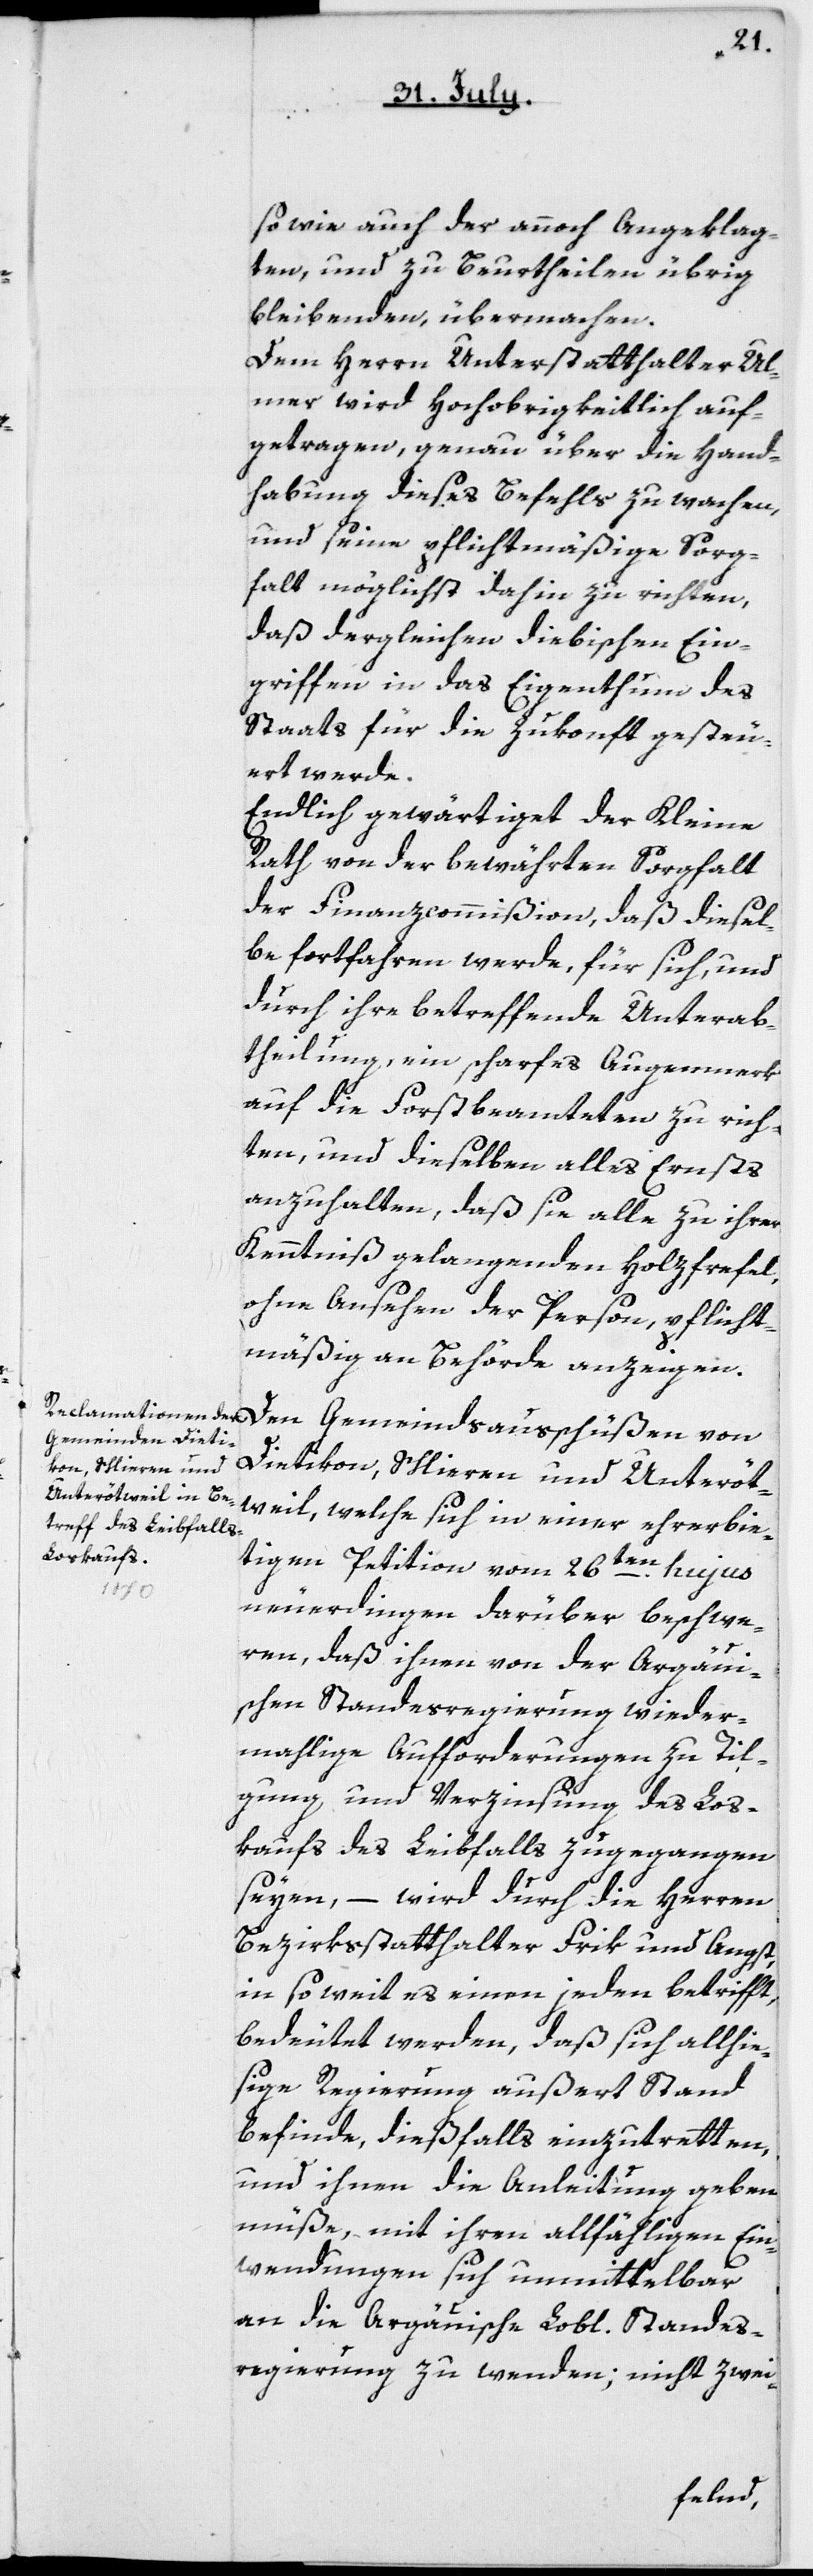
sowie auch der annoch Angeklag¬
ten, und zu beurtheilen übrig
Bleibenden, übermachen.
Dem Herrn Unterstatthalter Ul¬
mer wird hochobrigkeitlich auf¬
getragen, genau über die Hand¬
habung dieses Befehls zu wachen,
und seine pflichtmäßige Sorg¬
falt möglichst dahin zu richten,
daß dergleichen diebischen Ein¬
griffen in das Eigenthum des
Staats für die Zukunft gesteu¬
ert werde.
Endlich gewärtiget der Kleine
Rath von der bewährten Sorgfalt
der Finanzcommißion, daß diesel¬
be fortfahren werde, für sich und
durch ihre betreffende Unterab¬
teilung ein scharfes Augenmerk
auf die Forstbeamteten zu rich¬
ten, und dieselben alles Ernsts
anzuhalten, daß sie alle zu ihrer
Kenntniß gelangenden Holzfrevel,
ohne Ansehen der Person, pflicht¬
mäßig an Behörde anzeigen.
Dietikon, Schlieren und Unter-Oe¬
twil, welche sich in einer ehrerbie¬
tigen Petition vom 26ten hujus
neuerdingen darüber beschwe¬
ren, daß ihnen von der Aargaui¬
schen Standesregierung wieder¬
malige Aufforderungen zu Til¬
gung und Verzinsung des Los¬
kaufs des Leibfalls zugegangen
seyen, – wird durch die Herren
Bezirksstatthalter Frik und Angst,
in so weit es einen jeden betrifft,
bedeutet werden, daß sich allhie¬
sige Regierung außert Stand
befinde, dießfalls einzutreten,
und ihnen die Anleitung geben
müße, mit ihren allfälligen Ein¬
wendungen sich unmittelbar
an die Aargauische L. Standes¬
regierung zu wenden; nicht zwei-